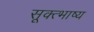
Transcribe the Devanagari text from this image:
सूक्त्भाष्य